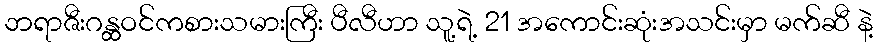
ဘရာဇီးဂန္ထဝင်ကစားသမားကြီး ပီလီဟာ သူ့ရဲ့ 21 အကောင်းဆုံးအသင်းမှာ မက်ဆီ နဲ့